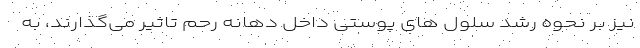
نیز بر نحوه رشد سلول های پوستی داخل دهانه رحم تاثیر می‌گذارند، به